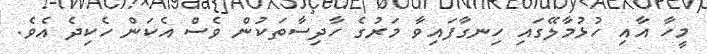
މީހާ އާއި ހުޅުމާލޭގައި ހިނގާފައިވާ މަރުގެ ހާދިސާތަކުން ވެސް އެކަން ހެކިދެ އެވެ.